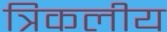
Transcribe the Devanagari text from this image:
त्रिकलीय